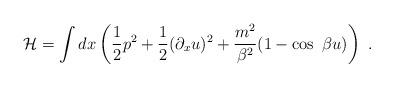
LaTeX: \begin{align*}{\cal H} = \int dx \left( {1\over2} p^2 + {1\over2}(\partial_x u)^2+{m^2\over\beta^2} (1-\cos\ \beta u) \right)\ .\end{align*}